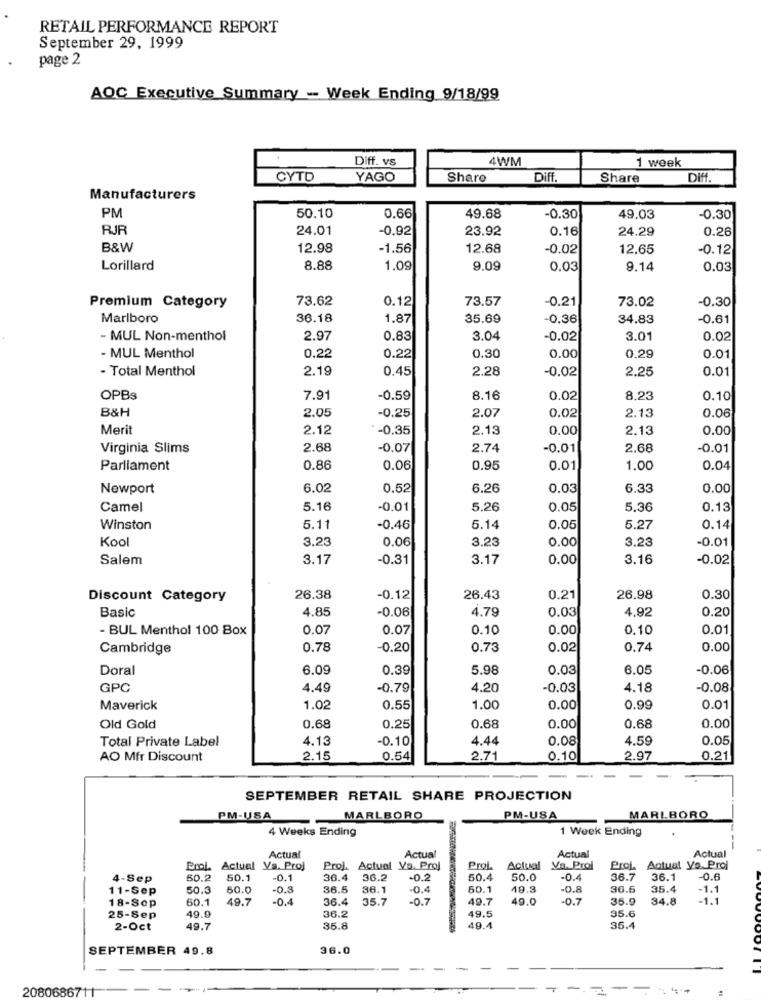
RETAIL PERFORMANCE REPORT
September 29, 1999
page 2
AOC Executive Summary - Week Ending 9/18/99
Diff. vs
4WM
1 week
CYTO
YAGO
Share
Diff.
Share
Diff
Manufacturers
PM
50,10
0.66
49.68
-0.30
49.03
-0.30
RJR
24.01
-0.92
23.92
0.16
24.29
0.26
B&W
12.98
-1.56
12.68
-0.02
12.65
-0.12
Lorillard
8.88
1,09
9.09
0.03
9.14
0.03
73.62
0.12
73.57
-0.21
73.02
-0.30
Premium Category
Marlboro
36.18
1.87
35.69
-0.36
34.83
-0.61
- MUL Non-menthol
2.97
0.83
3.04
-0.02
3.01
0.02
- MUL Menthol
0.22
0.22
0.30
0.00
0.29
0.01
- Total Menthol
2.19
0.45
2.28
-0.02
2.25
0.01
OPBs
7.91
-0.59
8.16
0.02
8,23
0.10
B&H
2.05
0.06
-0.25
2.07
0.02
2.13
Merit
2.12
*- 0.35
2.13
0.00
2.13
0.00
Virginia Slims
2.68
-0.07
2.74
-0.01
2.68
-0.01
Parliament
0.86
0.06
0.95
0.01
1.00
0.04
Newport
6.02
0.52
6.26
0.03
6.33
0.00
Camel
5.16
-0.01
5.26
0.05
5.36
0.13
Winston
5.11
-0.46
5.14
0.05
5.27
0.14
Kool
3.23
0.06
0.00
-0.01
3.23
3.23
Salem
3.17
-0.31
3.17
0.00
3.16
-0.02
Discount Category
26.38
-0.12
26.43
0.21
26.98
0.30
Basic
4.85
-0.06
4.79
0.03
4.92
0.20
- BUL Menthol 100 Box
0.07
0.07
0.10
0.00
0.10
0.01
Cambridge
0.78
-0.20
0.73
0.02
0.74
0.00
Doral
6.09
0.39
5.98
0.03
6.05
-0.06
GPC
4.49
-0.79
4.20
-0.03
4.18
-0.08
Maverick
1.02
0.55
1.00
0.00
0.99
0.01
Old Gold
0.68
0.25
0.68
0.00
0.68
0.00
Total Private Label
4.13
-0.10
4.44
0.08
4.59
0.05
AO Mfr Discount
2.15
0.54
2.71
0.10
2.97
0.21
-
SEPTEMBER RETAIL SHARE PROJECTION
PM-USA
MARLBORO
PM-USA
MARLBORO
4 Weeks Ending
1 Week Ending
Actual
Actual
--
Actual
Actual
Erol. Actual Va. Proj
Proj. Actual Vo. Proj
ProL
Actual
Va. Proi
Proj. Actual yo. Proj
ProL
4-Sep
50.2
50.1
-0.1
36.4
36.2
-0.2
50.4
50.0
-0.4
36.7
36.1
-0.6
11-Sep
50.3
50.0
-0.3
36.5
36.1
-0.4
50.1
19.3
.0.8
30.5
35.4
-1.1
18-Sep
60.1
49.7
-0.4
36.4
35.7
-0.7
49.7
49.0
-0.7
35.9
34.8
-1.1
49.9
49.5
95.6
25-Sep
36.2
2-Oct
49.7
35.8
49.4
35.4
SEPTEMBER 49.8
36.0
2080686711
-